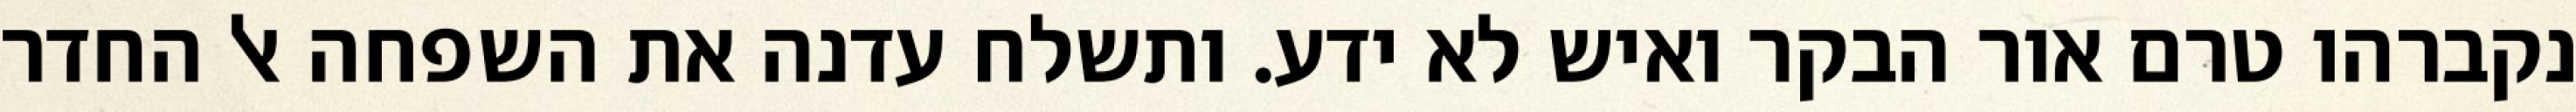
נקברהו טרם אור הבקר ואיש לא ידע. ותשלח עדנה את השפחה אל החדר